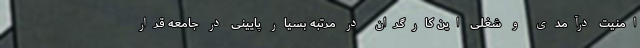
امنیت درآمدی و شغلی این کارگران در مرتبه بسیار پایینی در جامعه قرار